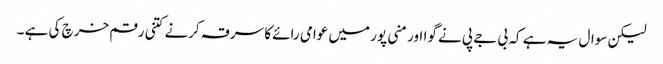
لیکن سوال یہ ہے کہ بی جے پی نے گوا اور منی پور میں عوامی رائے کا سرقہ کرنے کتنی رقم خرچ کی ہے ۔